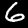
Digit: 6